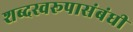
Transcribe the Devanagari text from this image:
शब्दस्वरूपासंबंधी